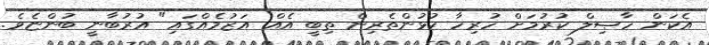
އެކަން ހާޞިލް ކުރުމަށް ހުރިހާ ކުޅުންތެރިން ތިބީ އެއް އަޒުމެއްގައި" އުރުބާނީ ބުންޏެވެ.